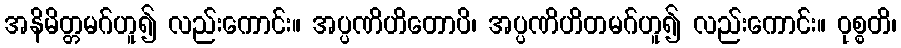
အနိမိတ္တမဂ်ဟူ၍ လည်းကောင်း။ အပ္ပဏိဟိတောပိ၊ အပ္ပဏိဟိတမဂ်ဟူ၍ လည်းကောင်း။ ဝုစ္စတိ၊